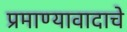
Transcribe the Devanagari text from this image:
प्रमाण्यावादाचे